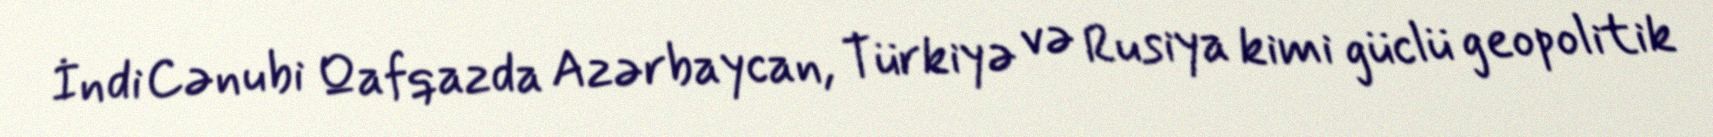
İndi Cənubi Qafqazda Azərbaycan, Türkiyə və Rusiya kimi güclü geopolitik